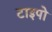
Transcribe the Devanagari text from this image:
टाइपो